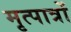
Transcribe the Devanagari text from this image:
मृत्पात्रों